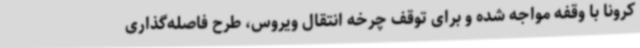
کرونا با وقفه مواجه شده و برای توقف چرخه انتقال ویروس، طرح فاصله‌گذاری